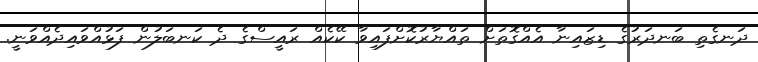
ދަނގެތި ބަނދަރުގެ ޑިޒައިނާ އެއްގޮތަށް ތައްޔާރުކޮށްފައިވާ ކޭކެއް ރައީސްގެ ދެ ކަނބަލުން ފަޅުއްވައިދެއްވަނީ.